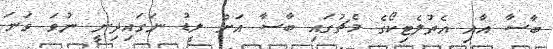
ބާސާ އާއި އެތުލެޓިކޯގެ މެޗުގައި ބާސާ އަށް ލީޑު ނަގައިދިނީ ނުވަ ވަނަ